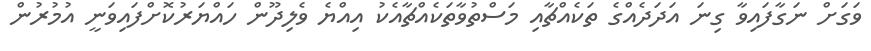
ވަގަށް ނަގާފައިވާ ގިނަ އަދަދެއްގެ ތަކެއްޗާއި މަސްތުވާތަކެއްޗާއެކު އިއްޔެ ވެލިދޫން ހައްޔަރުކޮށްފައިވަނީ އުމުރުން